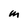
Character: M